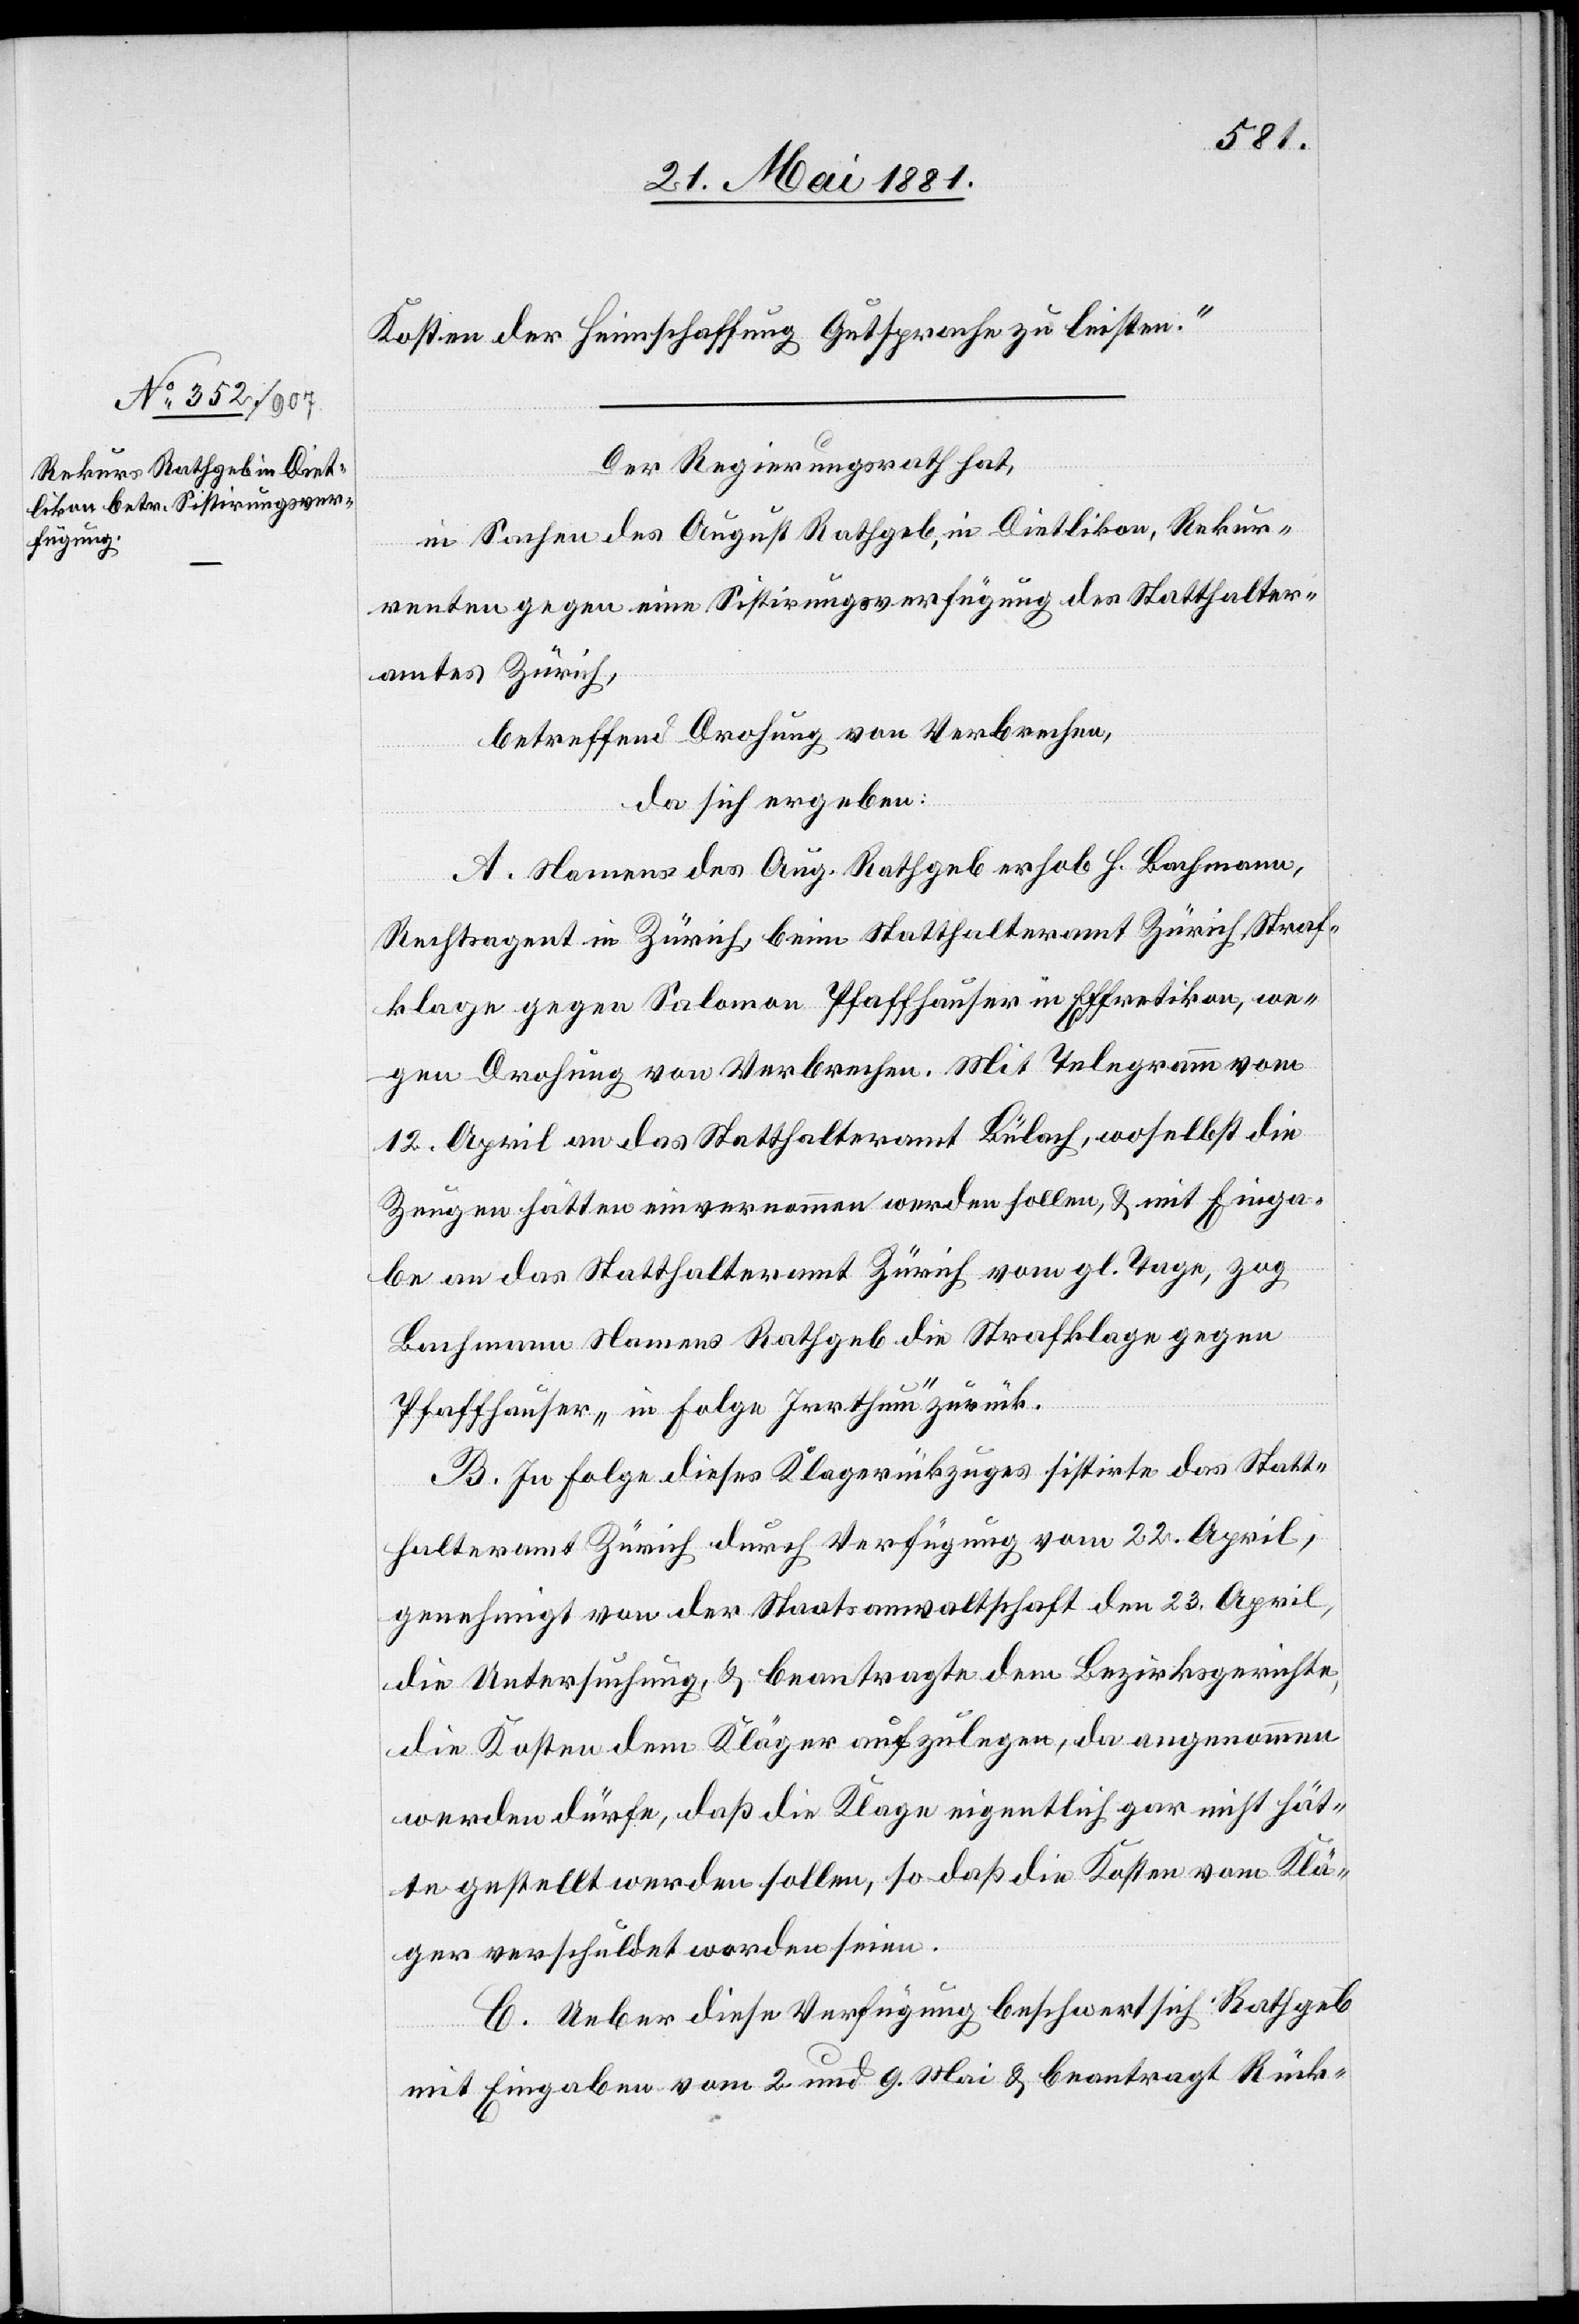
Kosten der Heimschaffung Gutsprache zu leisten.“
Der Regierungsrath hat,
in Sachen des August Rathgeb, in Dietlikon, Rekur¬
renten gegen eine Sistirungsverfügung des Statthalter¬
amtes Zürich,
betreffend Drohung von Verbrechen,
da sich ergeben:
A. Namens des August. Rathgeb erhob H. Bachmann,
Rechtsagent in Zürich, beim Statthalteramt Zürich Straf¬
klage gegen Salomon Pfaffhauser in Effretikon, we¬
gen Drohung von Verbrechen. Mit Telegramm vom
12. April an das Statthalteramt Bülach, woselbst die
Zeugen hätten einvernommen werden sollen, & mit Einga¬
be an das Statthalteramt Zürich vom gl. Tage, Zog
Bachmann Namens Rathgeb die Strafklage gegen
Pfaffhauser „in Folge Irrthum“ zurück.
B. In Folge dieses Klagerückzuges sistirte das Statt¬
halteramt Zürich durch Verfügung vom 22. April,
genehmigt von der Staatsanwaltschaft den 23. April,
die Untersuchung, & beantragte dem Bezirksrathe,
die Kosten dem Kläger aufzulegen, da angenommen
werden dürfe, daß die Klage eigentlich gar nicht hät¬
te gestellt werden sollen, so daß die Kosten vom Klä¬
ger verschuldet worden seien.
C. Ueber diese Verfügung beschwert sich Rathgeb
mit Eingabe vom 2. und 9. Mai & beantragt Rück-